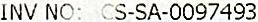
INV NO: CS-SA-0097493